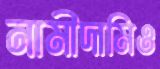
নামীদামিও